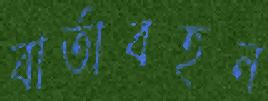
বার্তাবহন